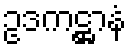
ဥဒကဋ္ဌာနံ